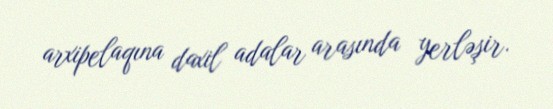
arxipelaqına daxil adalar arasında yerləşir.